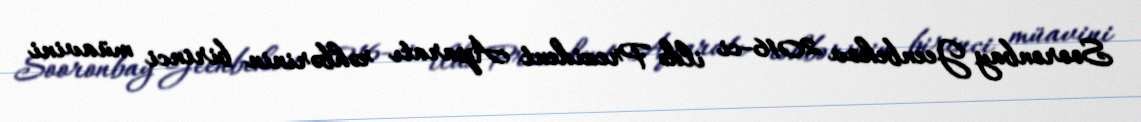
Sooronbay Jeenbekov 2016-ci ildə Prezident Aparatı rəhbərinin birinci müavini